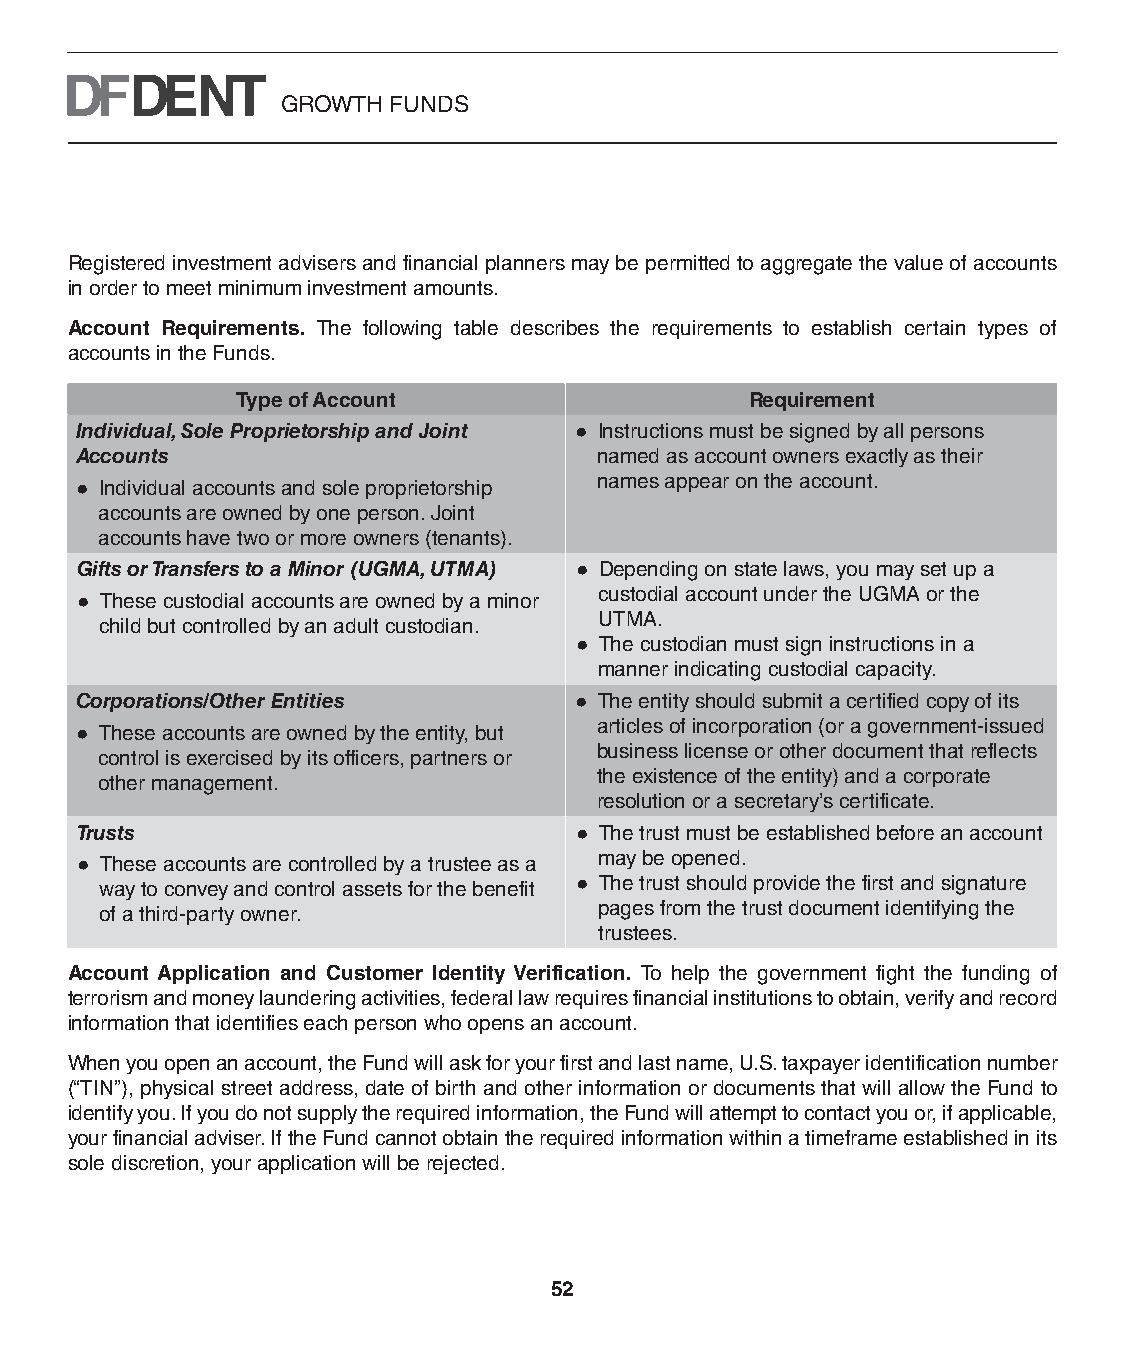
GROWTH FUNDS
 Registered investment advisers and financial planners may be permitted to aggregate the value of accounts
 in order to meet minimum investment amounts.
 Account Requirements. The following table describes the requirements to establish certain types of
 accounts in the Funds.
 Type of Account                   Requirement
 Individual, Sole Proprietorship and Joint ● Instructions must be signed by all persons
 Accounts                           named as account owners exactly as their
 names appear on the account.
 ● Individual accounts and sole proprietorship
 accounts are owned by one person. Joint
 accounts have two or more owners (tenants).
 Gifts or Transfers to a Minor (UGMA, UTMA) ● Depending on state laws, you may set up a
 custodial account under the UGMA or the
 ● These custodial accounts are owned by a minor
 UTMA.
 child but controlled by an adult custodian.
 ● The custodian must sign instructions in a
 manner indicating custodial capacity.
 Corporations/Other Entities      ● The entity should submit a certified copy of its
 articles of incorporation (or a government-issued
 ● These accounts are owned by the entity, but
 business license or other document that reflects
 control is exercised by its officers, partners or
 the existence of the entity) and a corporate
 other management.
 resolution or a secretary’s certificate.
 Trusts                           ● The trust must be established before an account
 may be opened.
 ● These accounts are controlled by a trustee as a
 way to convey and control assets for the benefit ● The trust should provide the first and signature
 pages from the trust document identifying the
 of a third-party owner.
 trustees.
 Account Application and Customer Identity Verification. To help the government fight the funding of
 terrorism and money laundering activities, federal law requires financial institutions to obtain, verify and record
 information that identifies each person who opens an account.
 When you open an account, the Fund will ask for your first and last name, U.S. taxpayer identification number
 (“TIN”), physical street address, date of birth and other information or documents that will allow the Fund to
 identify you. If you do not supply the required information, the Fund will attempt to contact you or, if applicable,
 your financial adviser. If the Fund cannot obtain the required information within a timeframe established in its
 sole discretion, your application will be rejected.
 52